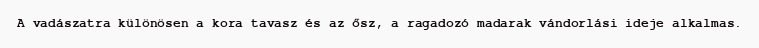
A vadászatra különösen a kora tavasz és az ősz, a ragadozó madarak vándorlási ideje alkalmas.